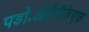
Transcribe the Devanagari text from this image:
पडॉ॰आईपीकेएफ